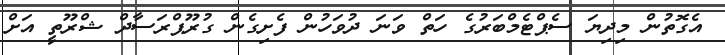
އެގޮތުން މިދިޔަ ސެޕްޓެމްބަރުގެ ހަތް ވަނަ ދުވަހުން ފެށިގެން ގުރޫޕްރަސާދް ޝްރޫތީ އަށް